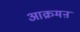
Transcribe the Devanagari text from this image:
आक्रमऩ